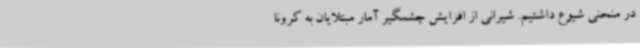
در منحنی شیوع داشتیم. شیرانی از افزایش چشمگیر آمار مبتلایان به کرونا